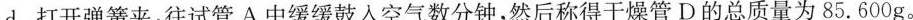
d.打开弹簧夹，往试管A中缓缓鼓入空气数分钟，然后称得干燥管D的总质量为85.600g。